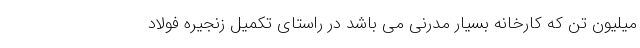
میلیون تن که کارخانه بسیار مدرنی می باشد در راستای تکمیل زنجیره فولاد